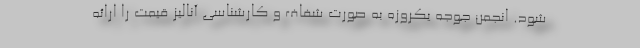
شود. انجمن جوجه یکروزه به صورت شفاف و کارشناسی آنالیز قیمت را ارائه